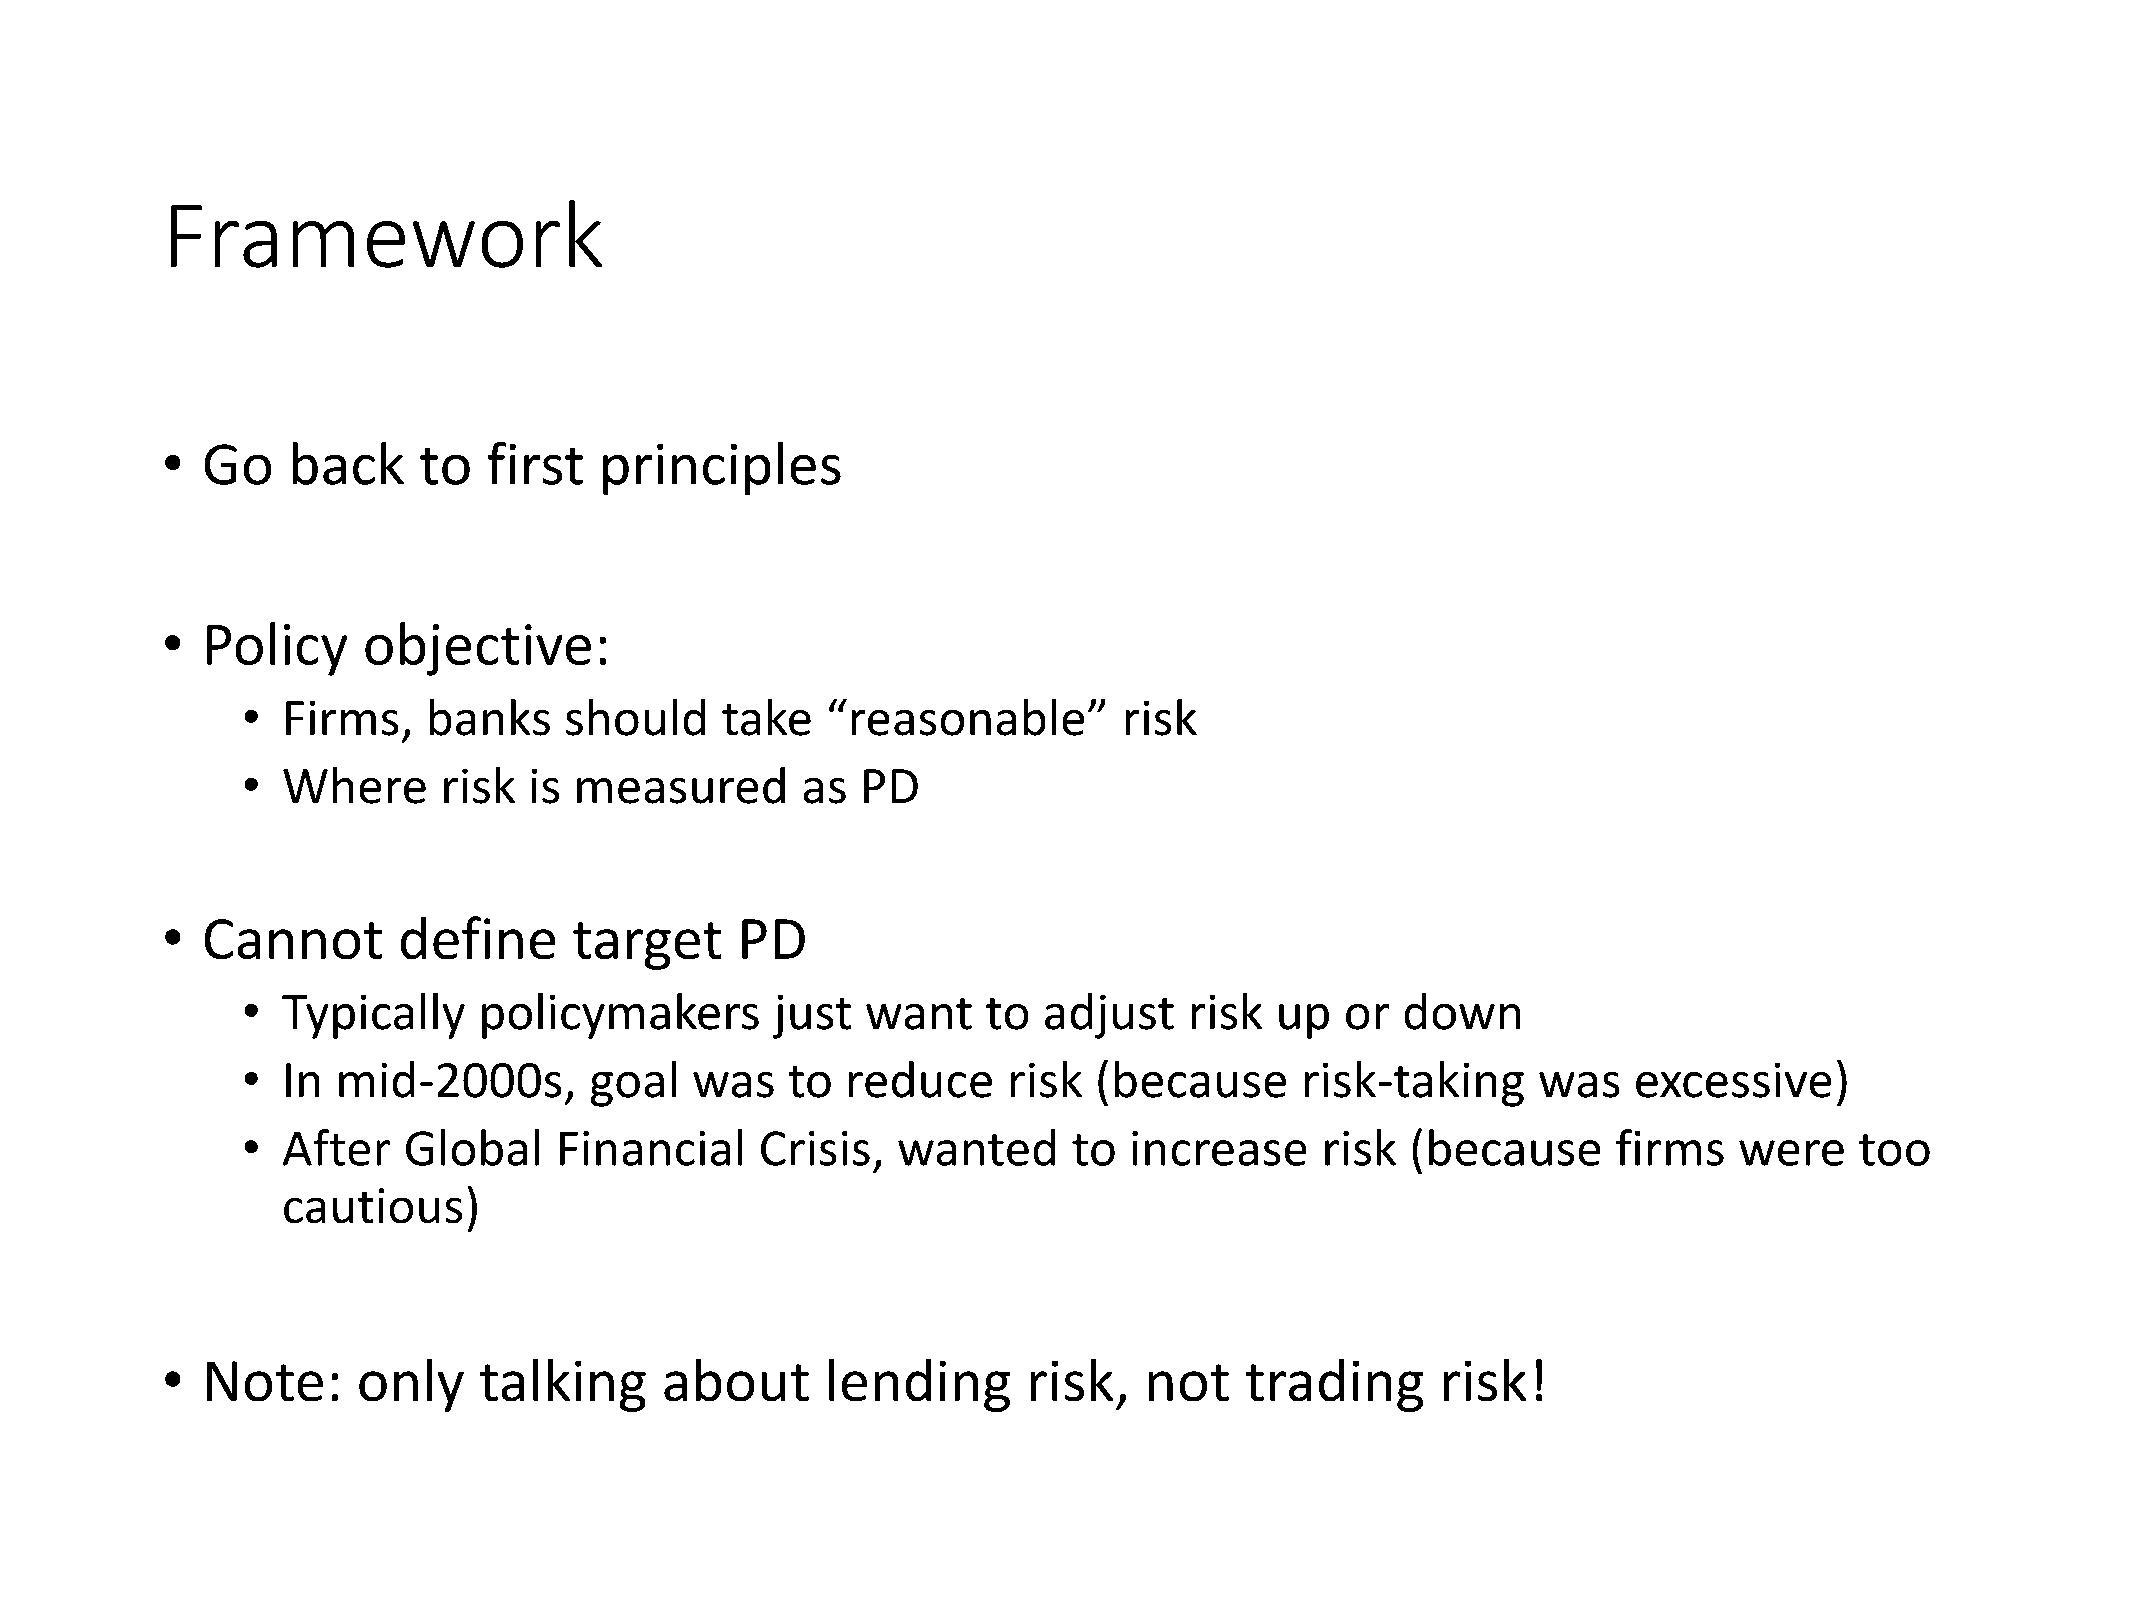
Framework
 • Go    back     to  first   principles
 • Policy     objective:
 •  Firms,   banks    should     take   “reasonable”       risk
 •  Where     risk  is measured       as  PD
 • Cannot       define      target     PD
 •  Typically    policymakers       just  want    to  adjust    risk up   or  down
 •  In mid-2000s,       goal   was   to  reduce     risk (because      risk-taking     was   excessive)
 •  After   Global    Financial    Crisis,  wanted      to  increase    risk  (because      firms   were    too
 cautious)
 • Note:      only    talking     about      lending      risk,   not   trading      risk!